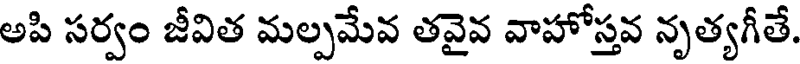
అపి సర్వం జీవిత మల్పమేవ తవైవ వాహోస్తవ నృత్యగీతే.